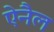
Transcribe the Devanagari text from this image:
ऐनैल